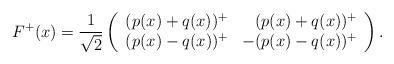
LaTeX: \begin{align*} F^{+}(x) = \frac{1}{\sqrt{2}}\left( \begin{array}{lr} (p(x) + q(x))^{+} & (p(x) + q(x))^{+} \\ (p(x) - q(x))^{+} & - (p(x) - q(x))^{+}\end{array}\right).\end{align*}